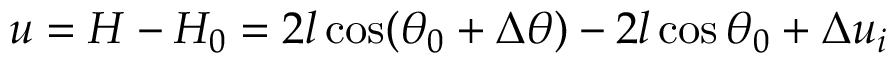
\begin{array} { r } { u = H - H _ { 0 } = 2 l \cos ( \theta _ { 0 } + \Delta \theta ) - 2 l \cos \theta _ { 0 } + \Delta u _ { i } } \end{array}